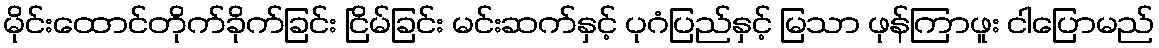
မိုင်းထောင်တိုက်ခိုက်ခြင်း ငြိမ်ခြင်း မင်းဆက်နှင့် ပုဂံပြည်နှင့် မြသာ ဖုန်ကြာဖူး ငါပြောမည်